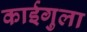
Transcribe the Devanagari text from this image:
काईगुला